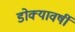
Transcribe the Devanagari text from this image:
डोक्यावर्षी